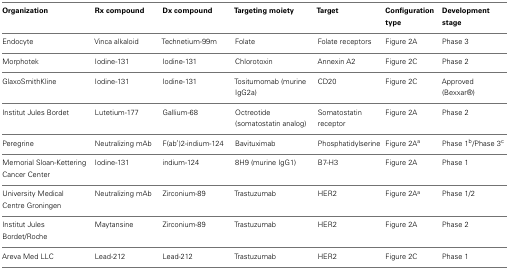
<table><thead><tr><td><b>Organization</b></td><td><b>Rx compound</b></td><td><b>Dx compound</b></td><td><b>Targeting moiety</b></td><td><b>Target</b></td><td><b>Configuration type</b></td><td><b>Development stage</b></td></tr></thead><tbody><tr><td>Endocyte</td><td>Vinca alkaloid</td><td>Technetium-99m</td><td>Folate</td><td>Folate receptors</td><td>Figure 2A</td><td>Phase 3</td></tr><tr><td>Morphotek</td><td>Iodine-131</td><td>Iodine-131</td><td>Chlorotoxin</td><td>Annexin A2</td><td>Figure 2C</td><td>Phase 2</td></tr><tr><td>GlaxoSmithKline</td><td>Iodine-131</td><td>Iodine-131</td><td>Tositumomab (murine IgG2a)</td><td>CD20</td><td>Figure 2C</td><td>Approved (Bexxar<sup>®</sup>)</td></tr><tr><td>Institut Jules Bordet</td><td>Lutetium-177</td><td>Gallium-68</td><td>Octreotide (somatostatin analog)</td><td>Somatostatin receptor</td><td>Figure 2A</td><td>Phase 2</td></tr><tr><td>Peregrine</td><td>Neutralizing mAb</td><td>F(ab<sup>′</sup>)2-indium-124</td><td>Bavituximab</td><td>Phosphatidylserine</td><td>Figure 2A<sup>a</sup></td><td>Phase 1<sup>b</sup>/Phase 3<sup>c</sup></td></tr><tr><td>Memorial Sloan-Kettering Cancer Center</td><td>Iodine-131</td><td>indium-124</td><td>8H9 (murine IgG1)</td><td>B7-H3</td><td>Figure 2A</td><td>Phase 1</td></tr><tr><td>University Medical Centre Groningen</td><td>Neutralizing mAb</td><td>Zirconium-89</td><td>Trastuzumab</td><td>HER2</td><td>Figure 2A<sup>a</sup></td><td>Phase 1/2</td></tr><tr><td>Institut Jules Bordet/Roche</td><td>Maytansine</td><td>Zirconium-89</td><td>Trastuzumab</td><td>HER2</td><td>Figure 2A</td><td>Phase 2</td></tr><tr><td>Areva Med LLC</td><td>Lead-212</td><td>Lead-212</td><td>Trastuzumab</td><td>HER2</td><td>Figure 2C</td><td>Phase 1</td></tr></tbody></table>